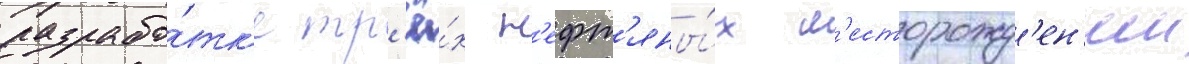
разрабо́тк'е тр'ё́х н'ефт'яны́х м'есторожд'ен'ии